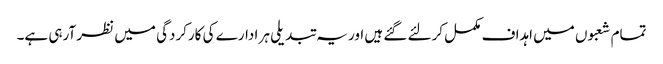
تمام شعبوں میں اہداف مکمل کرلئے گئے ہیں اور یہ تبدیلی ہر ادارے کی کارکردگی میں نظر آرہی ہے۔